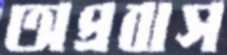
অপ্রবাস